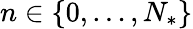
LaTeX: n\in\{ 0,\ldots,N_{*}\}